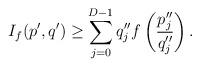
LaTeX: \begin{align*}I_f(p',q') \geq \sum_{j=0}^{D-1} q''_j f \left( \frac{p''_j}{q''_j}\right).\end{align*}